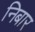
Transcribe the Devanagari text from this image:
निबार